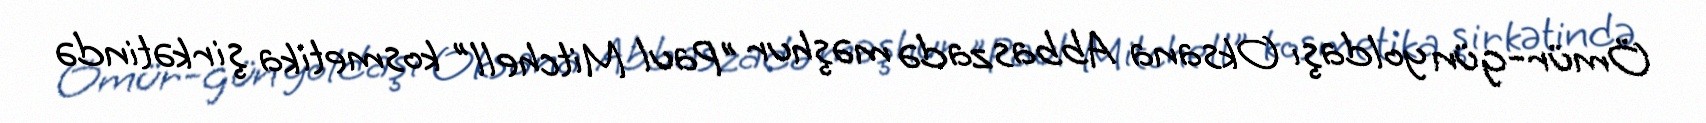
Ömür-gün yoldaşı Oksana Abbaszadə məşhur "Paul Mitchell" kosmetika şirkətində